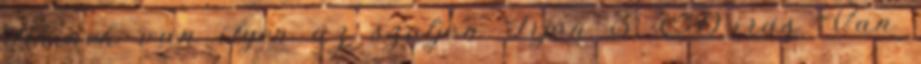
Akinek van ilyen az szoljon Irjon 3. CD-iras Van